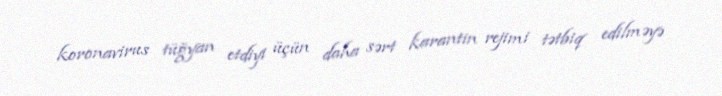
koronavirus tüğyan etdiyi üçün daha sərt karantin rejimi tətbiq edilməyə